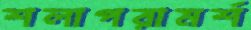
শলাপরামর্শ